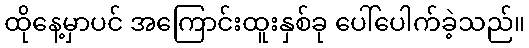
ထိုနေ့မှာပင် အကြောင်းထူးနှစ်ခု ပေါ်ပေါက်ခဲ့သည်။